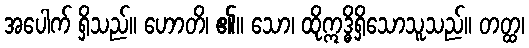
အပေါက် ရှိသည်။ ဟောတိ၊ ၏။ သော၊ ထိုဣဒ္ဓိရှိသောသူသည်။ တတ္ထ၊